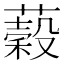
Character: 𦾫